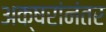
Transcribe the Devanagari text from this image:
अक्षरांनंतर